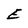
Character: E